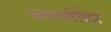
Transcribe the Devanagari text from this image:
वाल्मीकिर